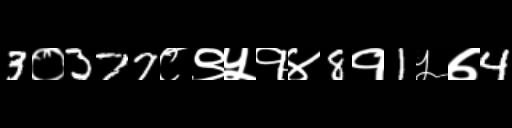
Text: 3०377८९५१४8१1५७4